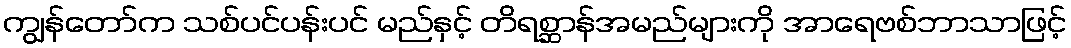
ကျွန်တော်က သစ်ပင်ပန်းပင် မည်နှင့် တိရစ္ဆာန်အမည်များကို အာရေဗစ်ဘာသာဖြင့်